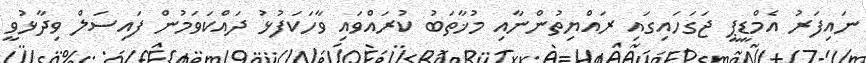
ނައިފަރު އެމްޑީޕީ ޖަގަހައިގައި ރައްޔިތުންނާއި މުޚާތަބު ކުރައްވައި ވާހަކަފުޅު ދައްކަވަމުން ފައިސަލް ވިދާޅުވީ